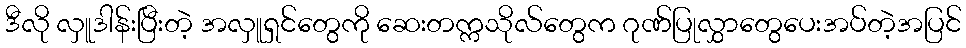
ဒီလို လှူဒါန်းပြီးတဲ့ အလှူရှင်တွေကို ဆေးတက္ကသိုလ်တွေက ဂုဏ်ပြုလွှာတွေပေးအပ်တဲ့အပြင်